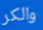
والكر